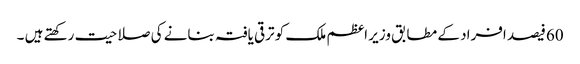
60فیصد افراد کے مطابق وزیر اعظم ملک کو ترقی یافتہ بنانے کی صلاحیت رکھتے ہیں ۔